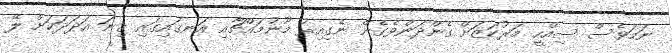
ނަމަވެސް ސިއްހީ މަރުކަޒަށް ގެންދަންވެގެން ނެގިއިރު މޫނުމައްޗާއި އަނގައިގައި ގިނަ އަދަދަކަށް ލޭ